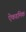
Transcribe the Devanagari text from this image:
ऐकडमिक